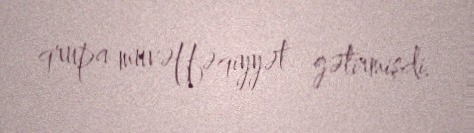
qrupa müvəffəqiyyət gətirmişdi.